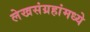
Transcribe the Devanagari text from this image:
लेखसंग्रहांमध्ये